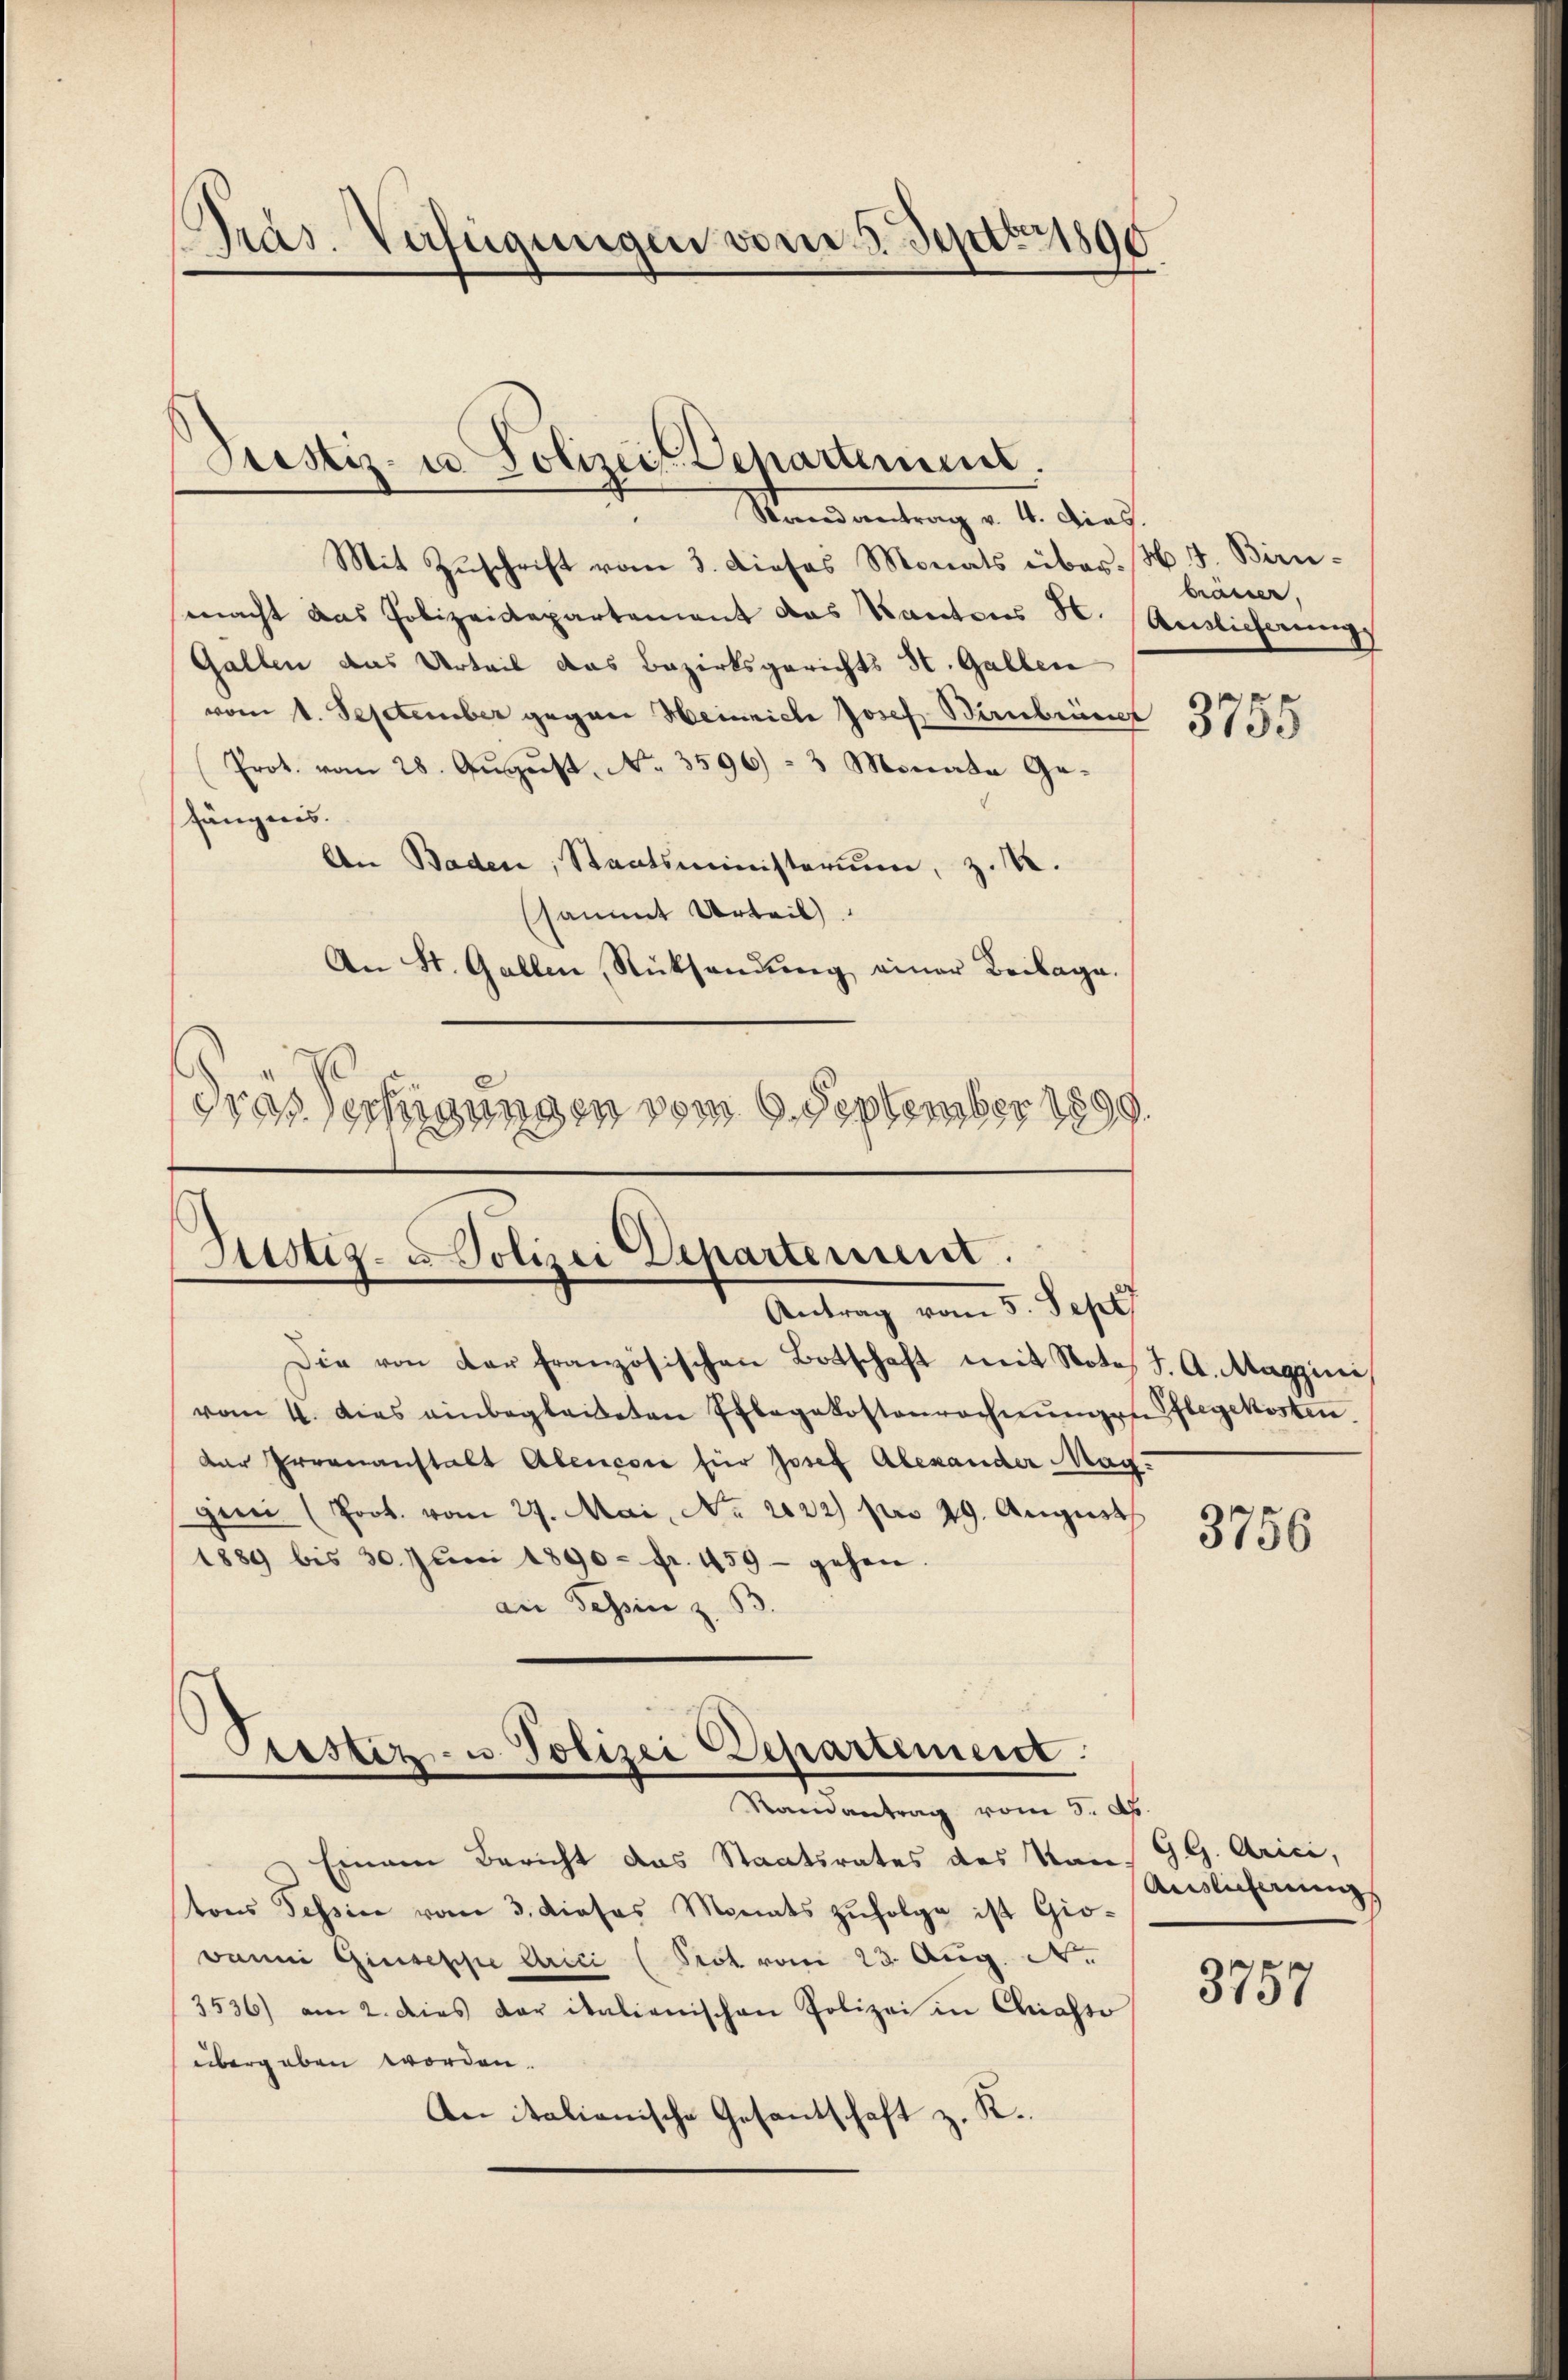
Präs. Verfügungen vom 5. Sept. 1890.

Standentrag v. 12. dies
Mit Zuschrift vom 3. dieses Monats über. H. J. Birnmacht das Polizeidepartement das Kantons H. (Auslieferung
Gallen das Urteil das Bezirksgerichts St. Gallen
vom 1. September gegen Heinrich Josef Barmbrüc
Prot. vom 28. August No. 3596) = 3 Monata Gefängnis.
An Baden, Staatsministerium, z. R.
sammt Urteil.
An St. Gallen Rücksendung einer Beilage.
dras Verfügungen vom 6. September 1899.

Prestiz- u. Polizei Departement.

Justiz- u Polizei Departement.
Antrag vom 5. Sept

Die von der französischen Botschaft mit Note J. A. Maggini
vom 4. dies einbegleideten Pflegekostenrechnŭngen flegekosten
der Irrenanstalt Abencore für Josef Alexander Mag.
gini (Prot. vom 27. Mai, No. 2022) pro 19. August
1889 bis 30. Jŭni 1890- fr. 459- gehen.
an Tessin z. B.

Prestiz- u. Polizei Departement.
Randantrag vom 5. Ap

bränder.

Einem Bericht das Staatsrates des Kantons Tessine vom 3. dieses Monats zufolge ist Gio¬
Banni Giuseppe Crici (Prot vom 23. Aug. N.
3536) am 2. dies der italienischen Polizei in Chiasso
übergeben worden.
An italienische Gesantschaft z. K.

3755

3756

GG. Arici,
Auslicherung

3757